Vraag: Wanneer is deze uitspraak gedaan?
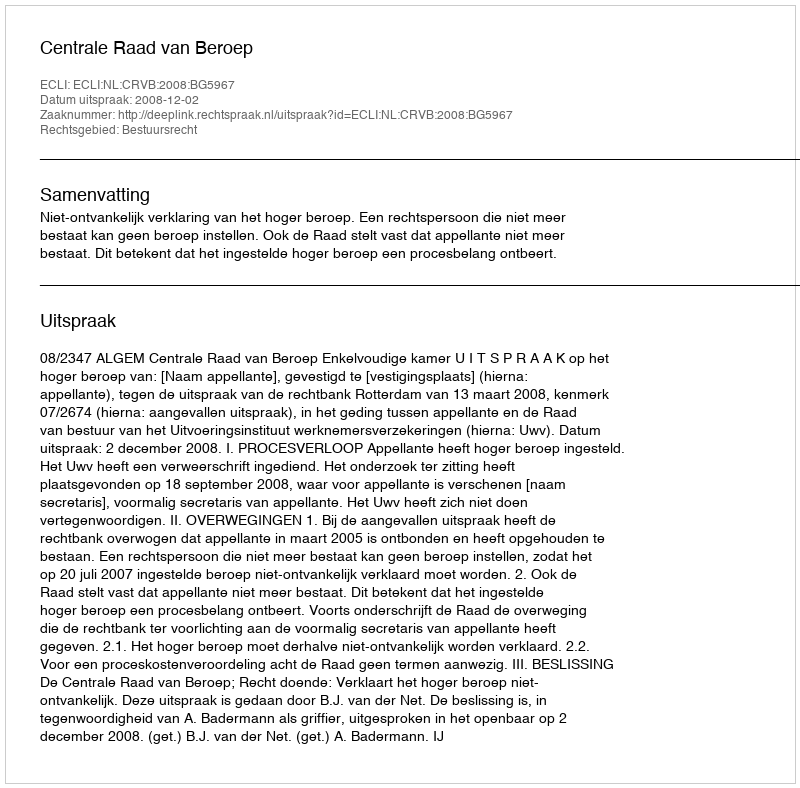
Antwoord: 2008-12-02